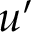
u ^ { \prime }